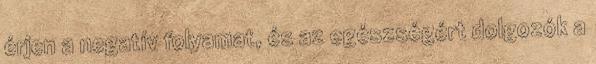
érjen a negatív folyamat, és az egészségért dolgozók a